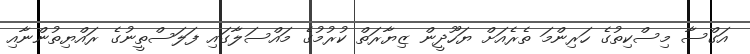
އަގްސާ މިސްކިތުގެ ހަރިންމަ ތެރެއަށް ޔަހޫދީން ޒިޔާރަތް ކުރުމުގެ މައްސަލާގައި ފަލަސްތީނުގެ ރައްޔިތުންނާއި